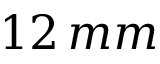
1 2 \, m m